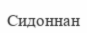
Сидоннан